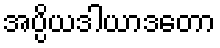
အပ္ပိယဒါယာဒတော